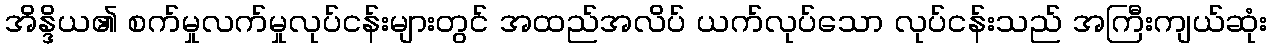
အိန္ဒိယ၏ စက်မှုလက်မှုလုပ်ငန်းများတွင် အထည်အလိပ် ယက်လုပ်သော လုပ်ငန်းသည် အကြီးကျယ်ဆုံး